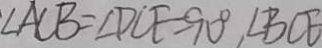
\angle A C B = \angle D C E = 9 0 ^ { \circ } , \angle B C E